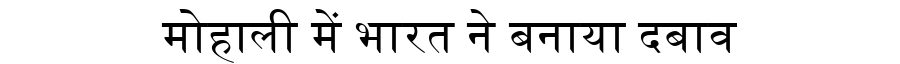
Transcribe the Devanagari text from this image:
मोहाली में भारत ने बनाया दबाव